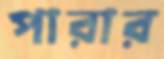
পারার